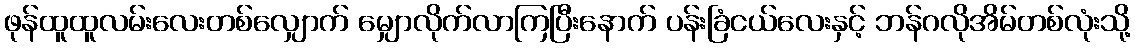
ဖုန်ထူထူလမ်းလေးတစ်လျှောက် မျှောလိုက်လာကြပြီးနောက် ပန်းခြံငယ်လေးနှင့် ဘန်ဂလိုအိမ်တစ်လုံးသို့